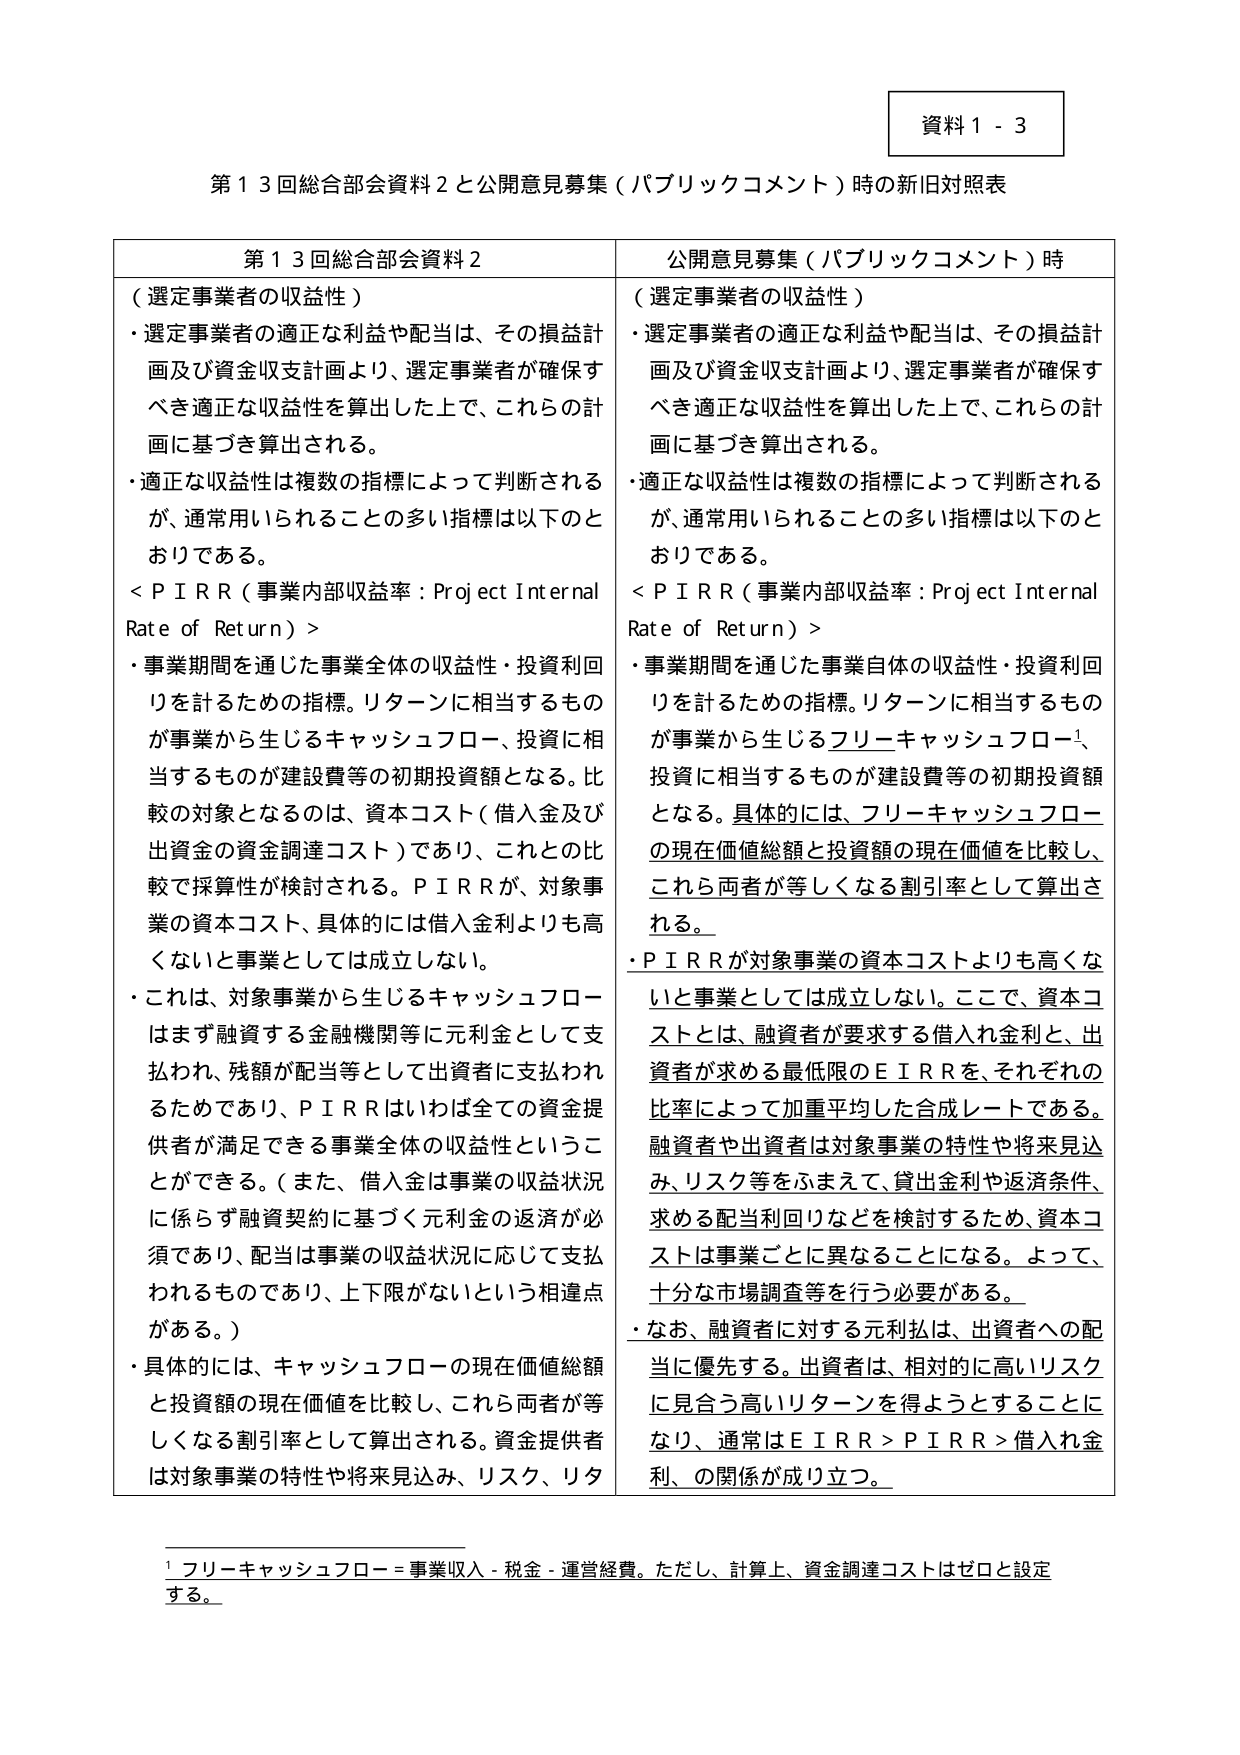
資料１－３

第１３回総合部会資料２と公開意見募集（パブリックコメント）時の新旧対照表

第１３回総合部会資料２